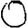
Digit: 0